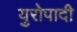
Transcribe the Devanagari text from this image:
युरोपादी